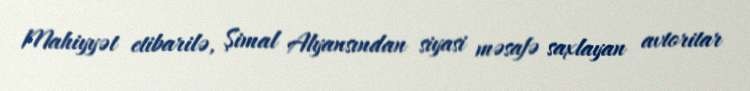
Mahiyyət etibarilə, Şimal Alyansından siyasi məsafə saxlayan avtoritar